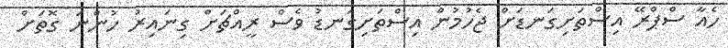
ހެއާ ސްޕްރޭ އިސްތަށިގަނޑަށް ޖެހުމުން އިސްތަށިގަނޑު ވެސް ރީއްޗަށް ގިނައިރު ހުންނަ ގޮތަށް